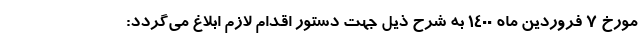
مورخ ۷ فروردین ماه ۱۴۰۰ به شرح ذیل جهت دستور اقدام لازم ابلاغ می‌گردد: